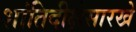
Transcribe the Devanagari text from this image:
शांतिदीक्षेसारखे